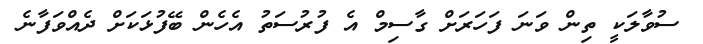
ސުވާލަކީ ތިން ވަނަ ފަހަރަށް ގާސިމް އެ ފުރުސަތު އެހެން ބޭފުޅަކަށް ދެއްވަފާނެ